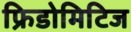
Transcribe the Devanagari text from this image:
फ्रिडोमिटिज